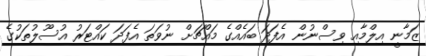
ޒަމާނީ އިލްމާއި ވިސްނުން އެފަދަ ބައެއްގެ މައްޗަށް ނުވަތަ އެފަދަ ކައްޓަރު އުސޫލުތަކުގެ